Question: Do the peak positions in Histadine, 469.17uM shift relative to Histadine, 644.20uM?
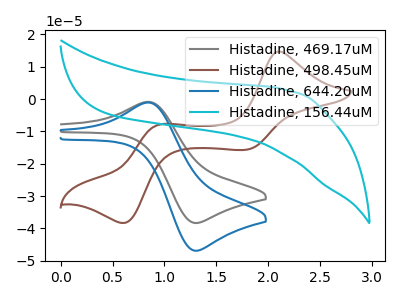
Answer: <think>The gray curve "Histadine, 469.17uM" has an anodic peak at (0.85V, -0.95uA) and a cathodic peak at (1.30V, -38.30uA). The brown curve "Histadine, 498.45uM" has anodic peaks at (2.10V, 14.70uA) (0.95V, -7.90uA) and cathodic peaks at (1.80V, -15.65uA) (0.60V, -38.30uA). The blue curve "Histadine, 644.20uM" has an anodic peak at (0.85V, -1.15uA) and a cathodic peak at (1.30V, -46.85uA). The cyan curve "Histadine, 156.44uM" has no peaks.
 All the peaks in "Histadine, 469.17uM" have a peak in "Histadine, 644.20uM" at the same potential.</think>
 <answer>No, "Histadine, 469.17uM" and "Histadine, 644.20uM" don't appear to be significantly different in shape</answer>
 <eval>no_change</eval>